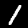
Digit: 1